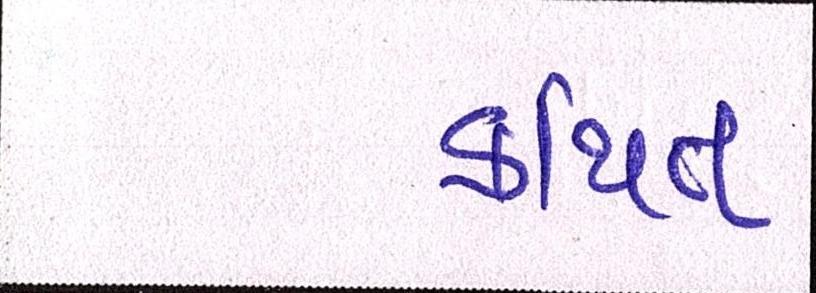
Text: કથિત